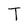
Character: T